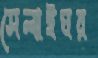
সেলাইঘর